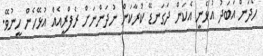
ހޯދަން އަބަދު އުޅެނީ އެކަން ދަގަނޑޭ ކުރާކަން ނުދަންނަށް ރެފްރީއެއް އުޅޭހެން ހީނުވޭ.